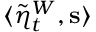
\langle \tilde { \eta } _ { t } ^ { W } , \mathbf { s } \rangle